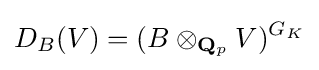
D_{B}(V)=(B\otimes _{\mathbf {Q} _{p}}V)^{G_{K}}